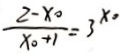
\frac { 2 - x _ { 0 } } { x _ { 0 } + 1 } = 3 ^ { x _ { 0 } }